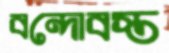
বন্দোবস্ত